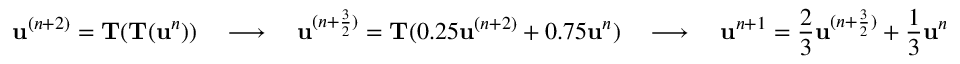
\mathbf u ^ { ( n + 2 ) } = \mathbf T ( \mathbf T ( \mathbf u ^ { n } ) ) \quad \longrightarrow \quad \mathbf u ^ { ( n + \frac { 3 } { 2 } ) } = \mathbf T ( 0 . 2 5 \mathbf u ^ { ( n + 2 ) } + 0 . 7 5 \mathbf u ^ { n } ) \quad \longrightarrow \quad \mathbf u ^ { n + 1 } = \frac { 2 } { 3 } \mathbf u ^ { ( n + \frac { 3 } { 2 } ) } + \frac { 1 } { 3 } \mathbf u ^ { n }